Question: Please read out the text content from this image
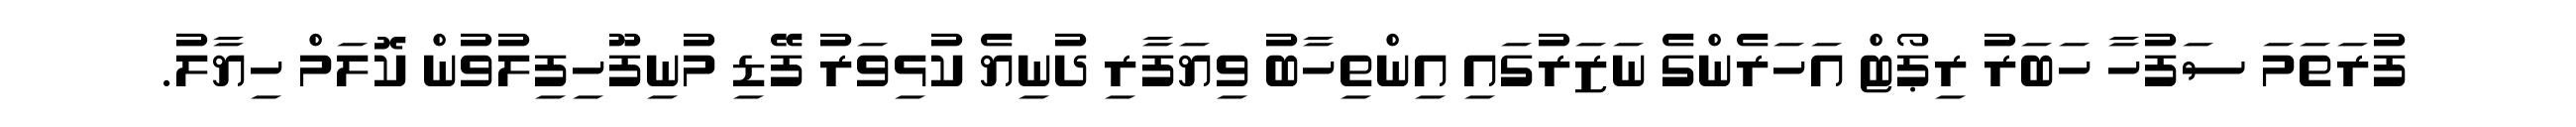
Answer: ފުރަތަމަ ސަފުހާ ހަބަރު ރިޕޯޓް އަހަރެންގެ ނަޒަރުގައި އިންތިހާބު ވިޔަފާރި ދުނިޔެ ކުޅިވަރު ފޭޑި މުނިފޫހިފިލުވުން ކޮލަމް ހިޔާލު.